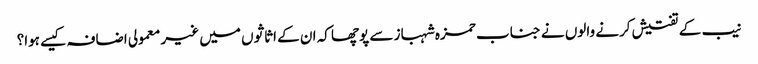
نیب کے تفتیش کرنے والوں نے جناب حمزہ شہباز سے پوچھا کہ ان کے اثاثوں میں غیر معمولی اضافہ کیسے ہوا؟